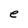
Character: e